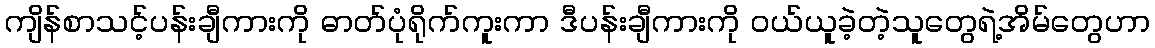
ကျိန်စာသင့်ပန်းချီကားကို ဓာတ်ပုံရိုက်ကူးကာ ဒီပန်းချီကားကို ဝယ်ယူခဲ့တဲ့သူတွေရဲ့အိမ်တွေဟာ